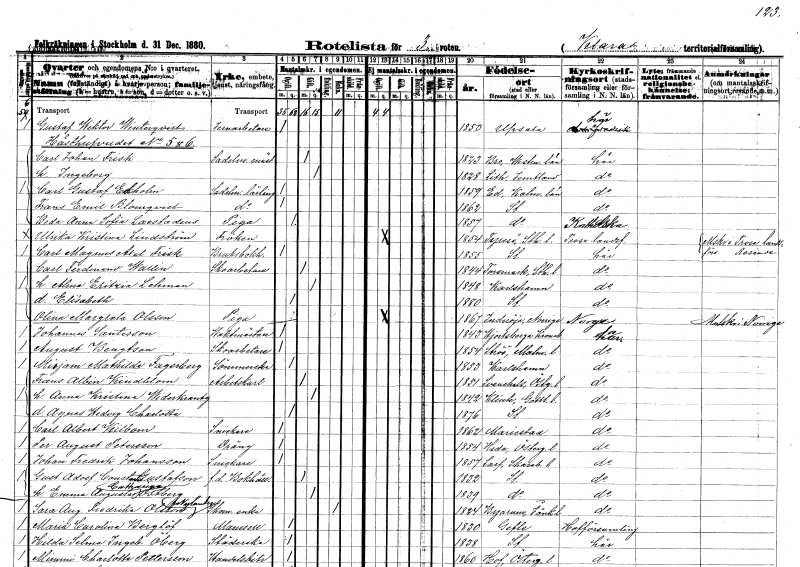
gt_parse: households: individuals: FN: Gustaf Wiktor
EN: Winterqvist
YRKE: Järnarbetare
KON: M
CIV: O
FODAR: 1850
FODFORS: Uppsala Uppsala län
FN: Carl Johan
EN: Frisk
YRKE: Sadelmakaregesäll
KON: M
CIV: G
FODAR: 1823
FODFORS: Bro Västmanlands län
FN: Ingeborg
KON: K
CIV: G
FODAR: 1828
FODFORS: Lit Jämtlands län
FN: Carl Gustaf
EN: Ekholm
YRKE: Sadelmakarelärling
KON: M
CIV: O
FODAR: 1859
FODFORS: Ed Kalmar län
FN: Frans Emil
EN: Blomqvist
YRKE: Sadelmakarelärling
KON: M
CIV: O
FODAR: 1862
FODFORS: Stockholm
FN: Beda Anna Sofia
EN: Laestadius
YRKE: Piga
KON: K
CIV: O
FODAR: 1857
FODFORS: Stockholm
FN: Ulrika Kristina
EN: Lindström
KON: K
CIV: O
FODAR: 1854
FODFORS: Tyresö Stockholms län
FN: Carl Magnus Axel
EN: Frisk
YRKE: Bruksbokhållare
KON: M
CIV: O
FODAR: 1855
FODFORS: Stockholm
FN: Carl Ferdinand
EN: Wallin
YRKE: Skoarbetare
KON: M
CIV: G
FODAR: 1844
FODFORS: Forsmark Uppsala län
FN: Alma Eritzia
EN: Lehman
KON: K
CIV: G
FODAR: 1848
FODFORS: Karlshamn Blekinge län
FN: Elisabeth
KON: K
CIV: O
FODAR: 1880
FODFORS: Stockholm
FN: Olina Margreta
EN: Olsson
YRKE: Piga
KON: K
CIV: O
FODAR: 1867
FN: Johannes
EN: Santesson
YRKE: Vaktmästare
KON: M
CIV: O
FODAR: 1843
FODFORS: Hjortsberga Kronobergs län
FN: August
EN: Bengtson
YRKE: Skoarbetare
KON: M
CIV: O
FODAR: 1854
FODFORS: Strö Malmöhus län
FN: Mirjam Mathilda
EN: Fagerberg
YRKE: Sömmerska
KON: K
CIV: O
FODAR: 1853
FODFORS: Karlshamn Blekinge län
FN: Frans Albin
EN: Kindblom
YRKE: Arbetskarl
KON: M
CIV: G
FODAR: 1851
FODFORS: Svanshals Östergötlands län
FN: Anna Kristina
EN: Widerkrantz
KON: K
CIV: G
FODAR: 1842
FODFORS: Klinte Gotlands län
FN: Agnes Hedvig Charlotta
KON: K
CIV: O
FODAR: 1876
FODFORS: Stockholm
FN: Carl Albert
EN: Kilbom
YRKE: Snickare
KON: M
CIV: O
FODAR: 1862
FODFORS: Mariestad Skaraborgs län
FN: Per August
EN: Petersson
YRKE: Dräng
KON: M
CIV: O
FODAR: 1854
FODFORS: Heda Östergötlands län
FN: Johan Fredrik
EN: Johansson
YRKE: Snickare
KON: M
CIV: O
FODAR: 1857
FODFORS: Larv Skaraborgs län
FN: Gustaf Adolf Constantin
EN: Gustafson
YRKE: Bokhållare f.d.
KON: M
CIV: G
FODAR: 1832
FODFORS: Stockholm
FN: Emma Augusta Catharina
EN: Östberg
KON: K
CIV: G
FODAR: 1839
FODFORS: Stockholm
FN: Sara Augusta Fredrika
EN: Olsson Nylander
YRKE: Skomakareänka
KON: K
CIV: E
FODAR: 1824
FODFORS: Byarum Jönköpings län
FN: Maria Carolina
EN: Berglöf
KON: K
CIV: O
FODAR: 1830
FODFORS: Gävle Gävleborgs län
FN: Hilda Selma Ingeborg
EN: Öberg
YRKE: Städerska
KON: K
CIV: O
FODAR: 1838
FODFORS: Stockholm
FN: Mimmi Charlotta
EN: Pettersson
YRKE: Handelsbiträde
KON: K
CIV: O
FODAR: 1860
FODFORS: Hov Östergötlands län